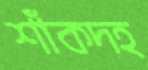
শাঁকদহ